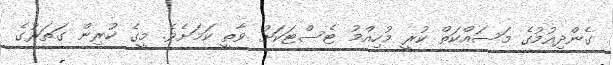
ގެންދިއުމުގެ މަސައްކަތް ކުރީ މުހިއްމު ޓެސްޓަކަށް ވާތީ ކަމަށެވެ. މީގެ ކުރިން ގަތަރުގެ